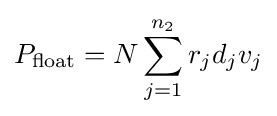
P_{\text{float}}=N\sum _{j=1}^{n_{2}}r_{j}d_{j}v_{j}